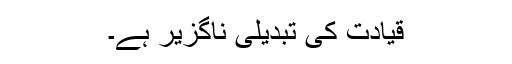
قیادت کی تبدیلی ناگزیر ہے۔